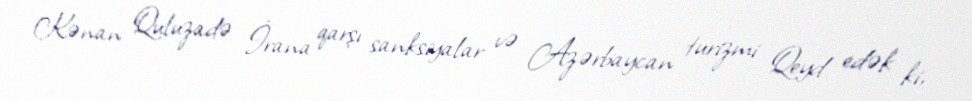
Kənan Quluzadə İrana qarşı sanksiyalar və Azərbaycan turizmi Qeyd edək ki,